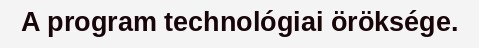
A program technológiai öröksége.